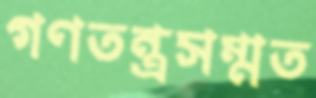
গণতন্ত্রসম্মত